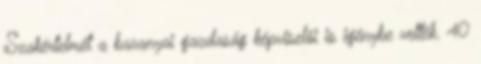
Szakértelmét a baranyai gazdaság képviselôi is igénybe vették. 40